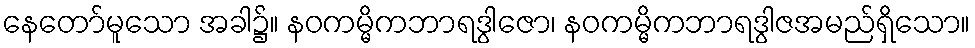
နေတော်မူသော အခါ၌။ နဝကမ္မိကဘာရဒွါဇော၊ နဝကမ္မိကဘာရဒွါဇအမည်ရှိသော။